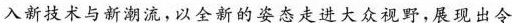
入新技术与新潮流，以全新的姿态走进大众视野，展现出令